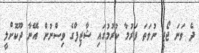
ދެ ވަނަ ޖޯޒީ ނުވަތަ ފަރުމާ ކުރުމުގައި ޝާޒިފްގެ ވިސްނުން އޭނާ ދޫކޮށްލީ